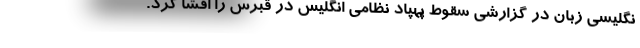
نگلیسی زبان در گزارشی سقوط پهپاد نظامی انگلیس در قبرس را افشا کرد.